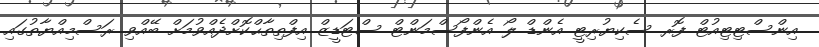
އިންސްޓިޓިއުޓް ފޮރ ސެކިޔުރިޓީ އެންޑް ލޯ އެންފޯސްމަންޓް ސްޓަޑީޒް އިފްތިތާޙްކޮށްދެއްވުމަށް ބޭއްވި ރަސްމިއްޔާތުގައި